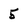
Character: 5